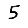
Digit: 5